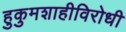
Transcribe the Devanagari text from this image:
हुकुमशाहीविरोधी